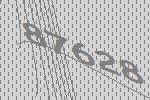
87628